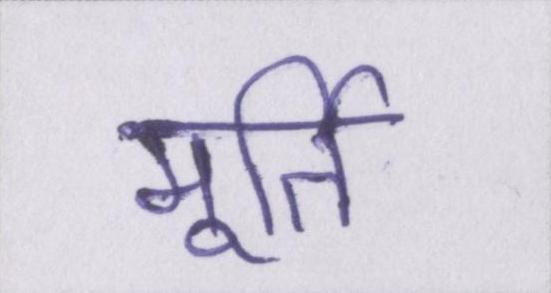
मूर्ति